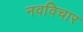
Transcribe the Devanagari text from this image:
नवविचार